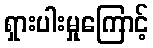
ရှားပါးမှုကြောင့်